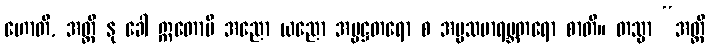
ဟောတိ, အတ္ထိ နု ခေါ ဣတောပိ အညော ယညော အပ္ပဋ္ဌတရော စ အပ္ပသမာရမ္ဘတရော စာတိ။ တသ္မာ “အတ္ထိ